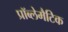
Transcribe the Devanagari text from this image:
प्रॉब्लेमैटिक